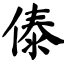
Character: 傣